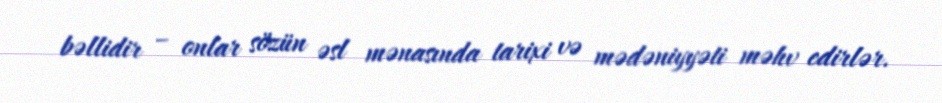
bəllidir – onlar sözün əsl mənasında tarixi və mədəniyyəti məhv edirlər.